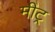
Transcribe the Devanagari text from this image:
मीट्र